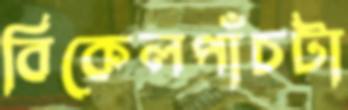
বিকেলপাঁচটা